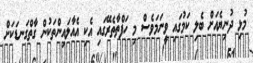
މުޅި ދުނިޔެއަށް ބެލި ކަމުގައި ވީނަމަވެސް މި ހަފްތާތެރޭގައި އެކި އެއާލައިންތަކުން ގާތްގަނޑަކަށް